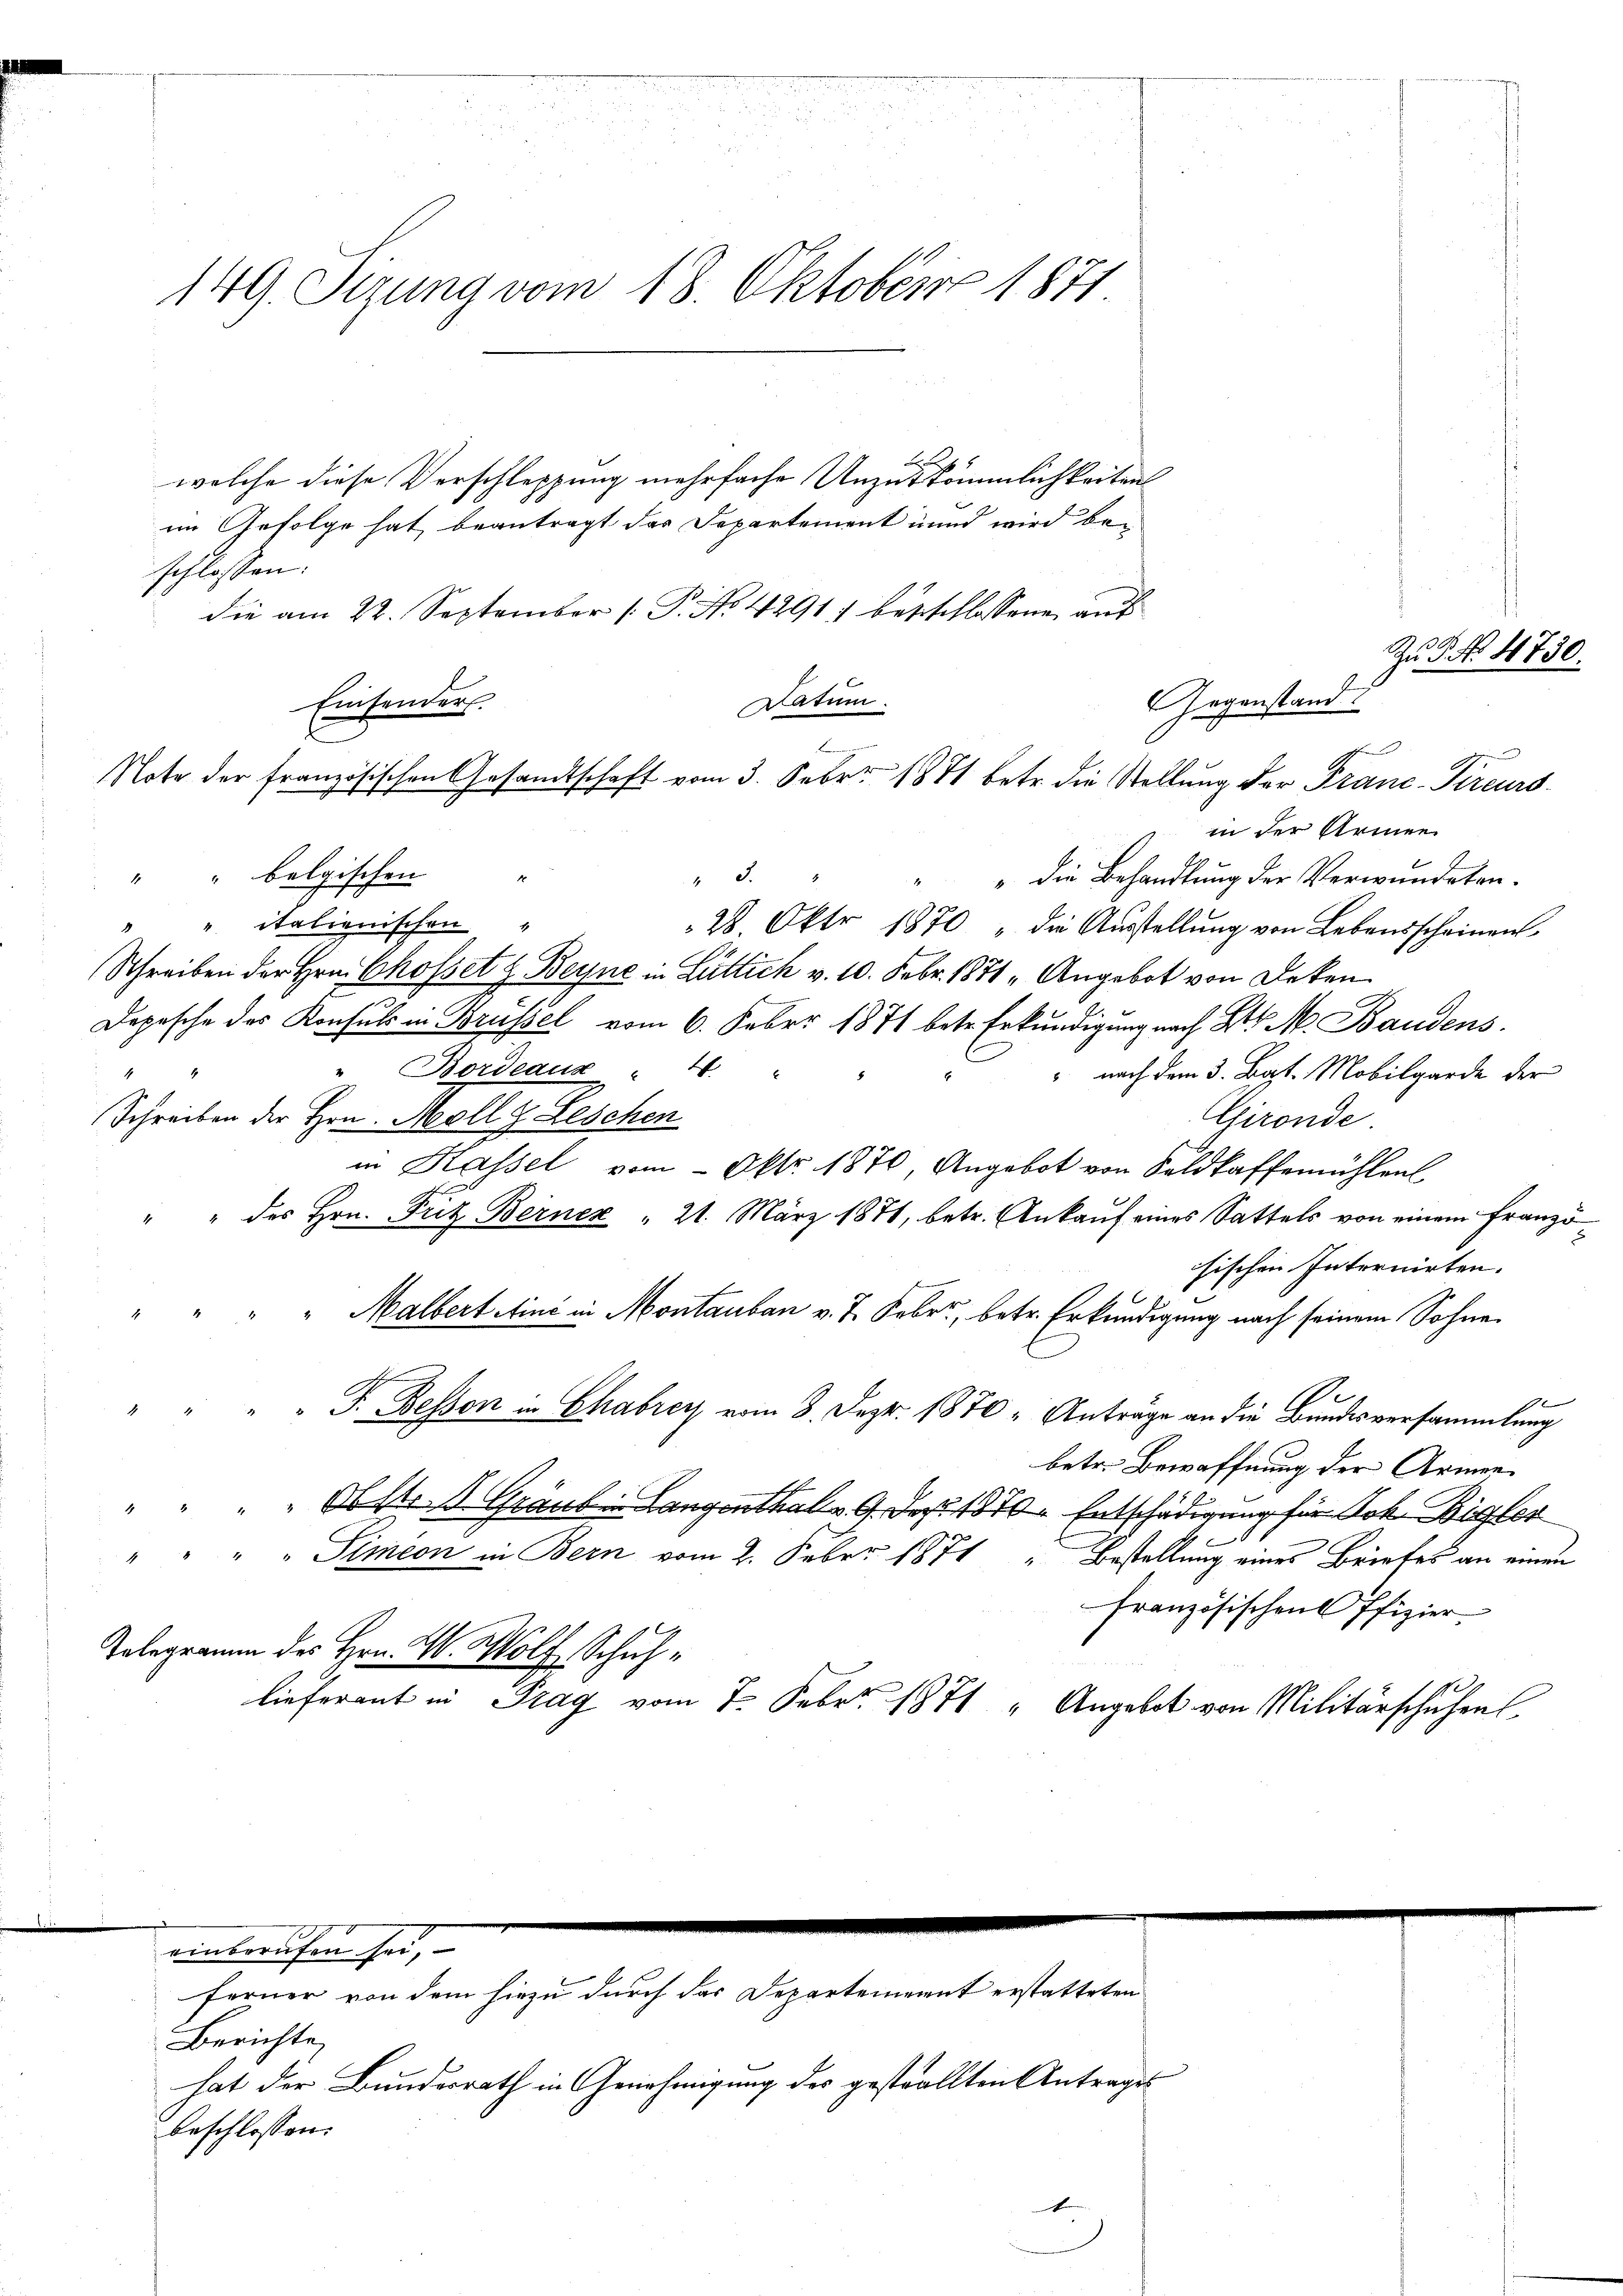
F
welche diese Verschleppung mehrfache Unzukömmlichkeiten
im Gefolge hat, beantragt das Departement und wird be-
schlossen:
die am 22. September [ P. Nr. 4291) besschlossene aus
Einsenders.
Datum.
" " belgischen
 x
" die Behandlung der Verwundeten.
" " italienischen "
28. Okt 1870 „die Ausstellung von Lebensscheinen
Schreiben der Hrn. Chofsetz Beyne in Luttich v. 10. Febr. 1871, Angebot von Decken
Dopesche des Konsuls in Brüssel vom 6. Feber 1871 betr. Erkundigung nach Bl. M. Bandens
 Bordeaux 46. "
4
" nach dem 3. Bat. Mobilgarde der
Schreiben der Hrn. Moll z Leschen
Elironde
in Kassel vom Okt. 1870, Angebot von Feldkaffemühlen
" " des Hrn. Fritz Berner " 21. März 1871, betr. Ankauf eines Sattels von einem Französischen Internirten.
" " " Malbert etini in Montanbau v. J. Febr., betr. Erkundigung nach seinem Sohne
1
" " " " F. Bessen in Chabreis vom 8. Dez. 1870, Anträge an die Bundesversammlung
betr. Bewaffnung der Armen
" " " " Obst.  Grauben Langenthal v. 9. Dez. 1870 Entschädigung für Joh. Bigler
" " " " Simeon in Bern vom 2. Feber 1871 " Bestellung eines Briefes an einen
französischen Pfizier-
Tolegramm des Hrn. M. Wolf Schuhlieferant in Prag vom 7. Febr. 1871 " Angebot von Militärschuhen

149. Sizung vom 18. Oktoberre 1871

Berichte
hat der Bundesrath in Genehmigung des gestallten Antrages
beschlossen:

einberufen sei,

ferner von dem hiezu durch das Departement erstatteten

Note der französischen Gesandtschaft vom 3. Febr. 1871 betr. die Stellung der Franc-Circurs-

E

Gegenstand

in der Armen

Zu 5. No. 4730.